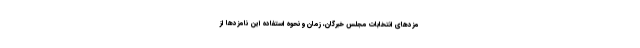
مزد‌های انتخابات مجلس خبرگان، زمان و نحوه استفاده این نامزد‌ها از